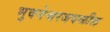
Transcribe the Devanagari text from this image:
भुवनेश्वरजवळील